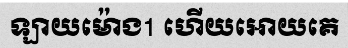
ឡាយម៉ោង1 ហើយអោយគេ